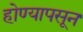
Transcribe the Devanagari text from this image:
होण्यापसून